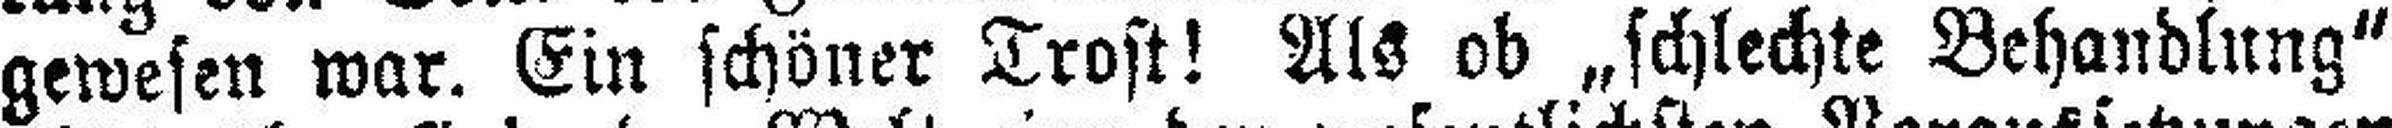
gewesen war. Ein schöner Trost! Als ob „schlechte Behandlung“